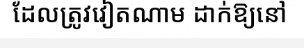
ដែលត្រូវវៀតណាម ដាក់ឱ្យនៅ